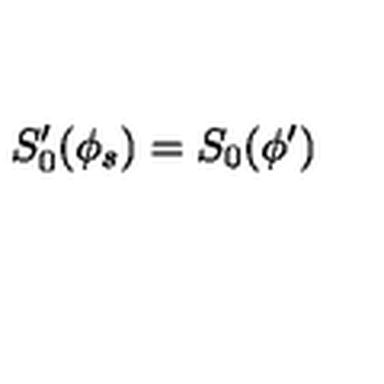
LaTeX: S _ { 0 } ^ { \prime } ( \phi _ { s } ) = S _ { 0 } ( \phi ^ { \prime } )